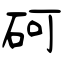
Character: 砢